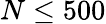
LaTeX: N\leq 500